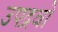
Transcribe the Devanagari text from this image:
उपद्रवो